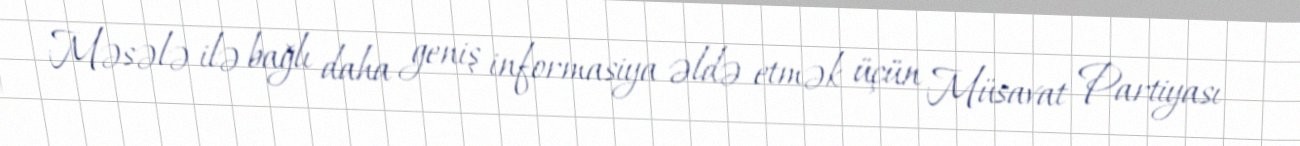
Məsələ ilə bağlı daha geniş informasiya əldə etmək üçün Müsavat Partiyası